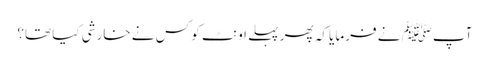
آپﷺ نے فرمایا کہ پھر پہلے اونٹ کو کس نے خارشی کیا تھا؟